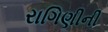
રાગિણીની